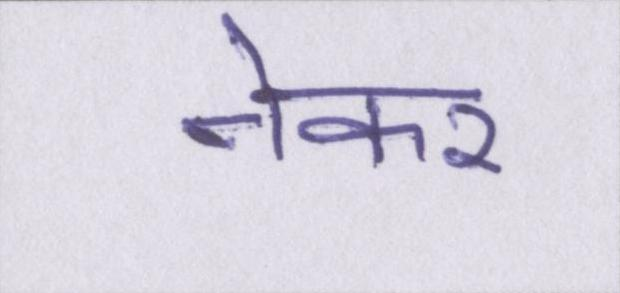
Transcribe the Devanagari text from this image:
नेकर